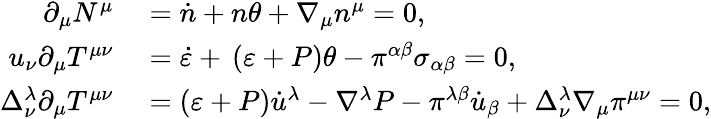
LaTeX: \begin{array}{rl}{\partial_{\mu}N^{\mu}}&{{}=\dot{n}+n\theta+\nabla_{\mu}n^{\mu}=0,}\\ {u_{\nu}\partial_{\mu}T^{\mu\nu}}&{{}=\dot{\varepsilon}+\, \left(\varepsilon+P\right)\theta-\pi^{\alpha\beta}\sigma_{\alpha\beta}=0,}\\ {\Delta_{\nu}^{\lambda}\partial_{\mu}T^{\mu\nu}}&{{}=\left(\varepsilon+P\right)\dot{u}^{\lambda}-\nabla^{\lambda}P-\pi^{\lambda\beta}\dot{u}_{\beta}+\Delta_{\nu}^{\lambda}\nabla_{\mu}\pi^{\mu\nu}=0,}\end{array}